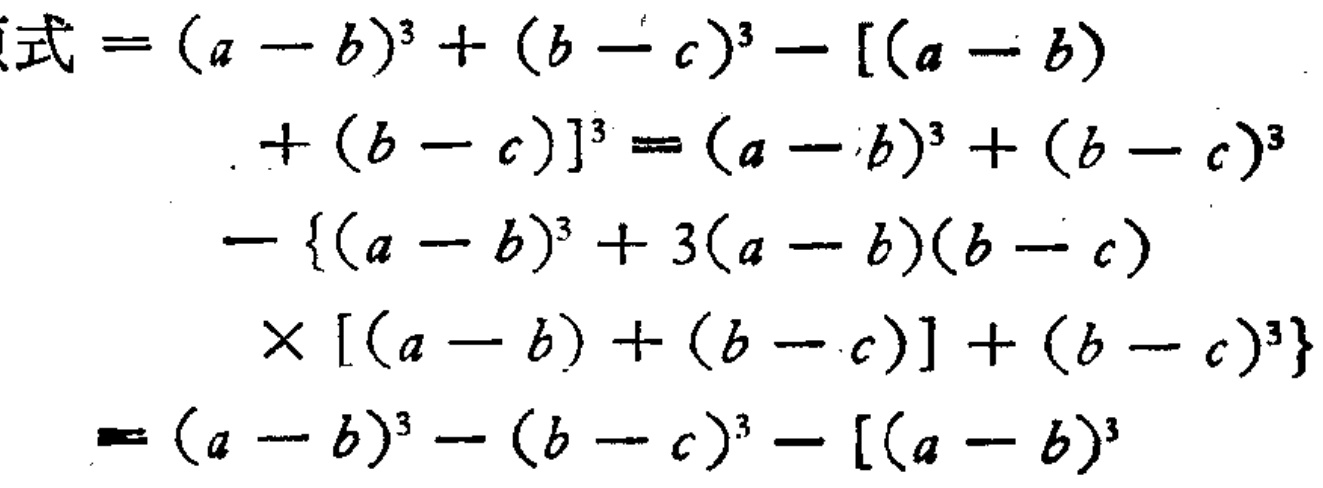
\[

\begin{align*}

\text{式}&=(a - b)^3 + (b - c)^3 - [(a - b)\\

&+(b - c)]^3=(a - b)^3 + (b - c)^3\\

&-\{(a - b)^3 + 3(a - b)(b - c)\\

&\times[(a - b)+(b - c)]+(b - c)^3\}\\

&=(a - b)^3-(b - c)^3 - [(a - b)^3

\end{align*}

\]